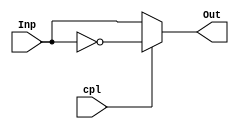
module compl1 (output wire [3:0] Out, input wire [3:0] Inp, input wire cpl);
  /*
  wire comple1;
  not not1 (comple1, Inp);

  always @(cpl) 
  begin
    if (cpl == 0) begin
      Out = Inp; 
    end
    else begin
      Out = ~Inp;
    end
  end
  */

  //Aqui no podemos hacer modelado de commportamiento porque nuestras variables no son reg

  assign Out = cpl == 1 ? ~Inp : Inp;

endmodule